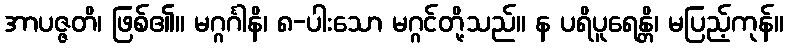
အာပဇ္ဇတိ၊ ဖြစ်၏။ မဂ္ဂင်္ဂါနိ၊ ၈-ပါးသော မဂ္ဂင်တို့သည်။ န ပရိပူရေန္တိ၊ မပြည့်ကုန်။